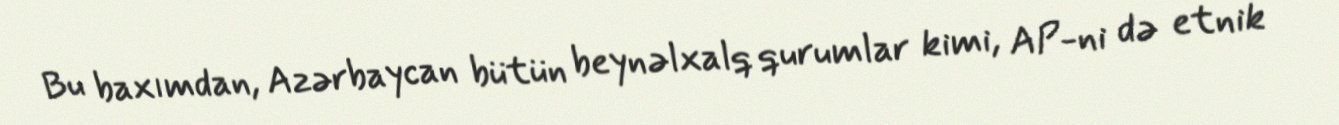
Bu baxımdan, Azərbaycan bütün beynəlxalq qurumlar kimi, AP-ni də etnik